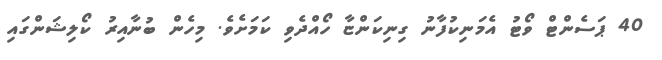
40 ޕަސެންޓް ވޯޓު އެމަނިކުފާނު ގިނިކަންޏާ ހޯއްދެވި ކަމަށެވެ. މިހެން ބުނާއިރު ކޯލިޝަންގައި